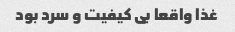
غذا واقعا بی کیفیت و سرد بود